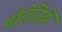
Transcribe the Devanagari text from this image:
मौरीजियों